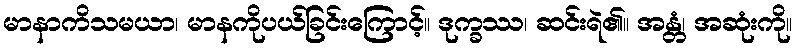
မာနာကိသမယာ၊ မာနကိုပယ်ခြင်းကြောင့်။ ဒုက္ခဿ၊ ဆင်းရဲ၏။ အန္တံ၊ အဆုံးကို။